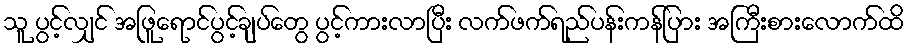
သူ ပွင့်လျှင် အဖြူရောင်ပွင့်ချပ်တွေ ပွင့်ကားလာပြီး လက်ဖက်ရည်ပန်းကန်ပြား အကြီးစားလောက်ထိ